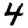
Digit: 4